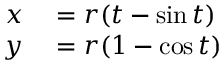
\begin{array} { r l } { x } & { { } = r ( t - \sin t ) } \\ { y } & { { } = r ( 1 - \cos t ) } \end{array}